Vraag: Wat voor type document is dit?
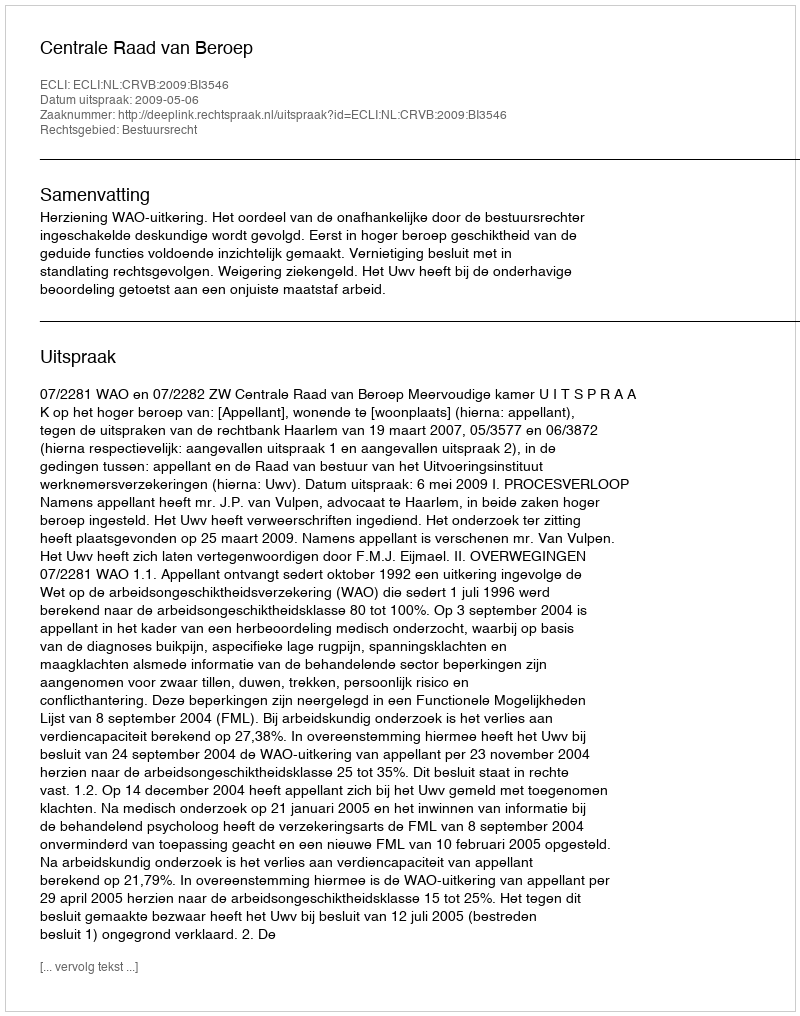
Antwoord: Uitspraak